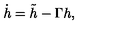
{ \dot { h } } = { \tilde { h } } - \Gamma h ,